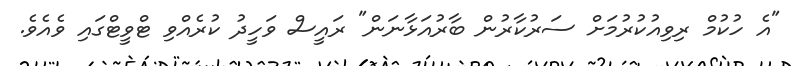
"އެ ހުކުމް ރިވިއުކުރުމަށް ސަރުކާރުން ބާރުއަޅާނަން" ރައީސް ވަހީދު ކުރެއްވި ޓްވީޓްގައި ވެއެވެ.